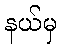
နယ်မှ